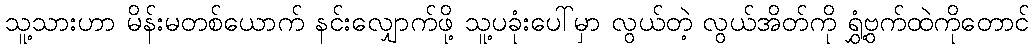
သူ့သားဟာ မိန်းမတစ်ယောက် နင်းလျှောက်ဖို့ သူ့ပခုံးပေါ်မှာ လွယ်တဲ့ လွယ်အိတ်ကို ရွှံ့ဗွက်ထဲကိုတောင်